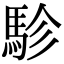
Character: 駗